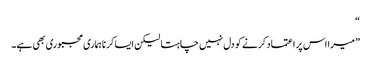
“
” میرا اس پر اعتماد کرنے کو دل نہیں چاہتا لیکن ایسا کرنا ہماری مجبوری بھی ہے ۔